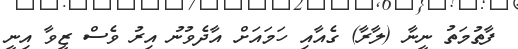
ފާތުމަތު ނީނާ (ލާރާ) ގެއާއި ހަމައަށް އާދެވުނު އިރު ވެސް ޒީވާ އިނީ